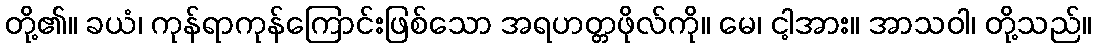
တို့၏။ ခယံ၊ ကုန်ရာကုန်ကြောင်းဖြစ်သော အရဟတ္တဖိုလ်ကို။ မေ၊ ငါ့အား။ အာသဝါ၊ တို့သည်။